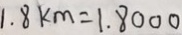
1 . 8 k m = 1 . 8 0 0 0